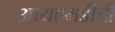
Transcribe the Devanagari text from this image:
आयएमडीची